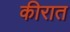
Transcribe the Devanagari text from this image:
कीरात